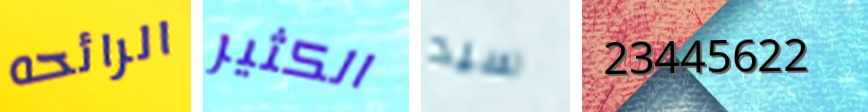
الرائحه الكثير سيد 23445622